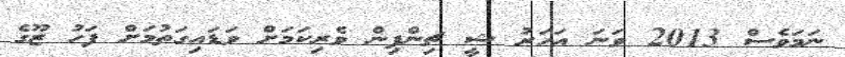
ނަމަވެސް 2013 ވަނަ އަހަރު ޝީ ޗިންޕިން ވެރިކަމަށް ވަޑައިގަތުމަށް ފަހު ޒޫގެ